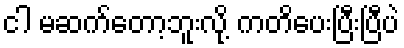
ငါ မဆက်တော့ဘူးလို့ ကတိပေးပြီးပြီပဲ